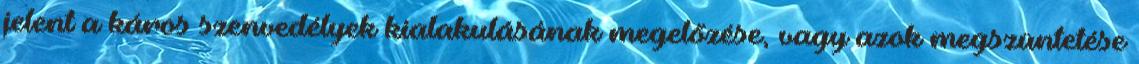
jelent a káros szenvedélyek kialakulásának megelőzése, vagy azok megszüntetése